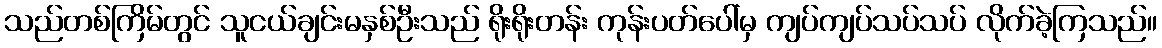
သည်တစ်ကြိမ်တွင် သူငယ်ချင်းမနှစ်ဦးသည် ရိုးရိုးတန်း ကုန်းပတ်ပေါ်မှ ကျပ်ကျပ်သပ်သပ် လိုက်ခဲ့ကြသည်။